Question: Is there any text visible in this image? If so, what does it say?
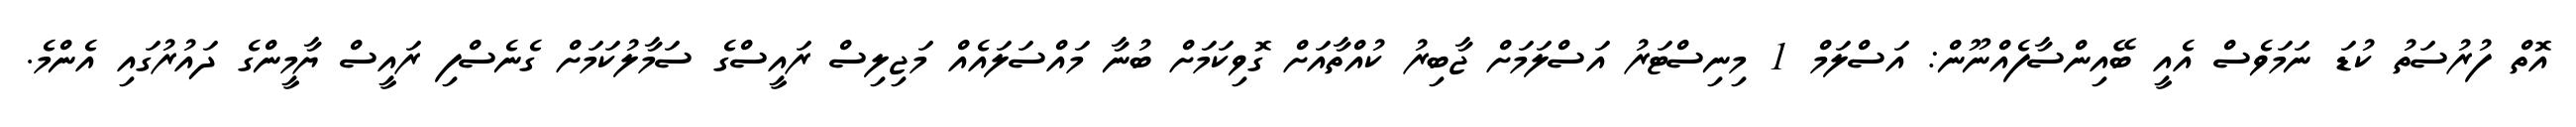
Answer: އޮތް ފުރުސަތު ކުޑަ ނަމަވެސް އެއީ ބޭއިންސާފެއްނޫން: އަސްލަމް 1 މިނިސްޓަރު އަސްލަމަށް ޖާބިރު ކުއްތާއަށް ގޮވިކަމަށް ބުނާ މައްސަލައެއް މަޖިލިސް ރައީސްގެ ސަމާލުކަމަށް ގެނެސްފި ރައީސް ޔާމީންގެ ދައުރުގައި އެންމެ.